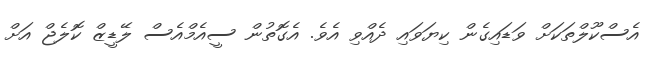
އެސްކޫލްތަކަށް ވަޑައިގެން ކިޔަވައި ދެއްވި އެވެ. އެގޮތުން ސީއެމްއެސް ލޭޑީޒް ކޮލެޖް އަށް